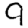
Digit: 9